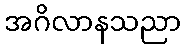
အဂိလာနသညာ